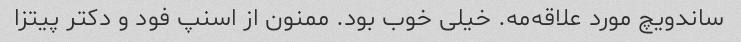
ساندویچ مورد علاقه‌مه. خیلی خوب بود. ممنون از اسنپ فود و دکتر پیتزا